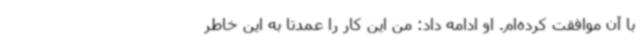
با آن موافقت کرده‌ام. او ادامه داد: من این کار را عمدتا به این خاطر